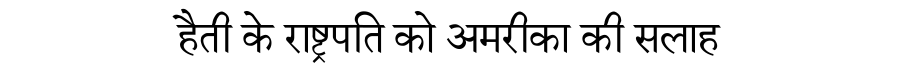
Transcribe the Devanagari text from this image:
हैती के राष्ट्रपति को अमरीका की सलाह